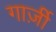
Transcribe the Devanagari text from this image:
गार्ज़ी